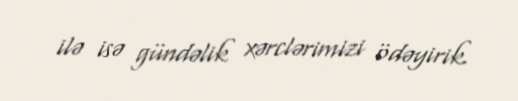
ilə isə gündəlik xərclərimizi ödəyirik.